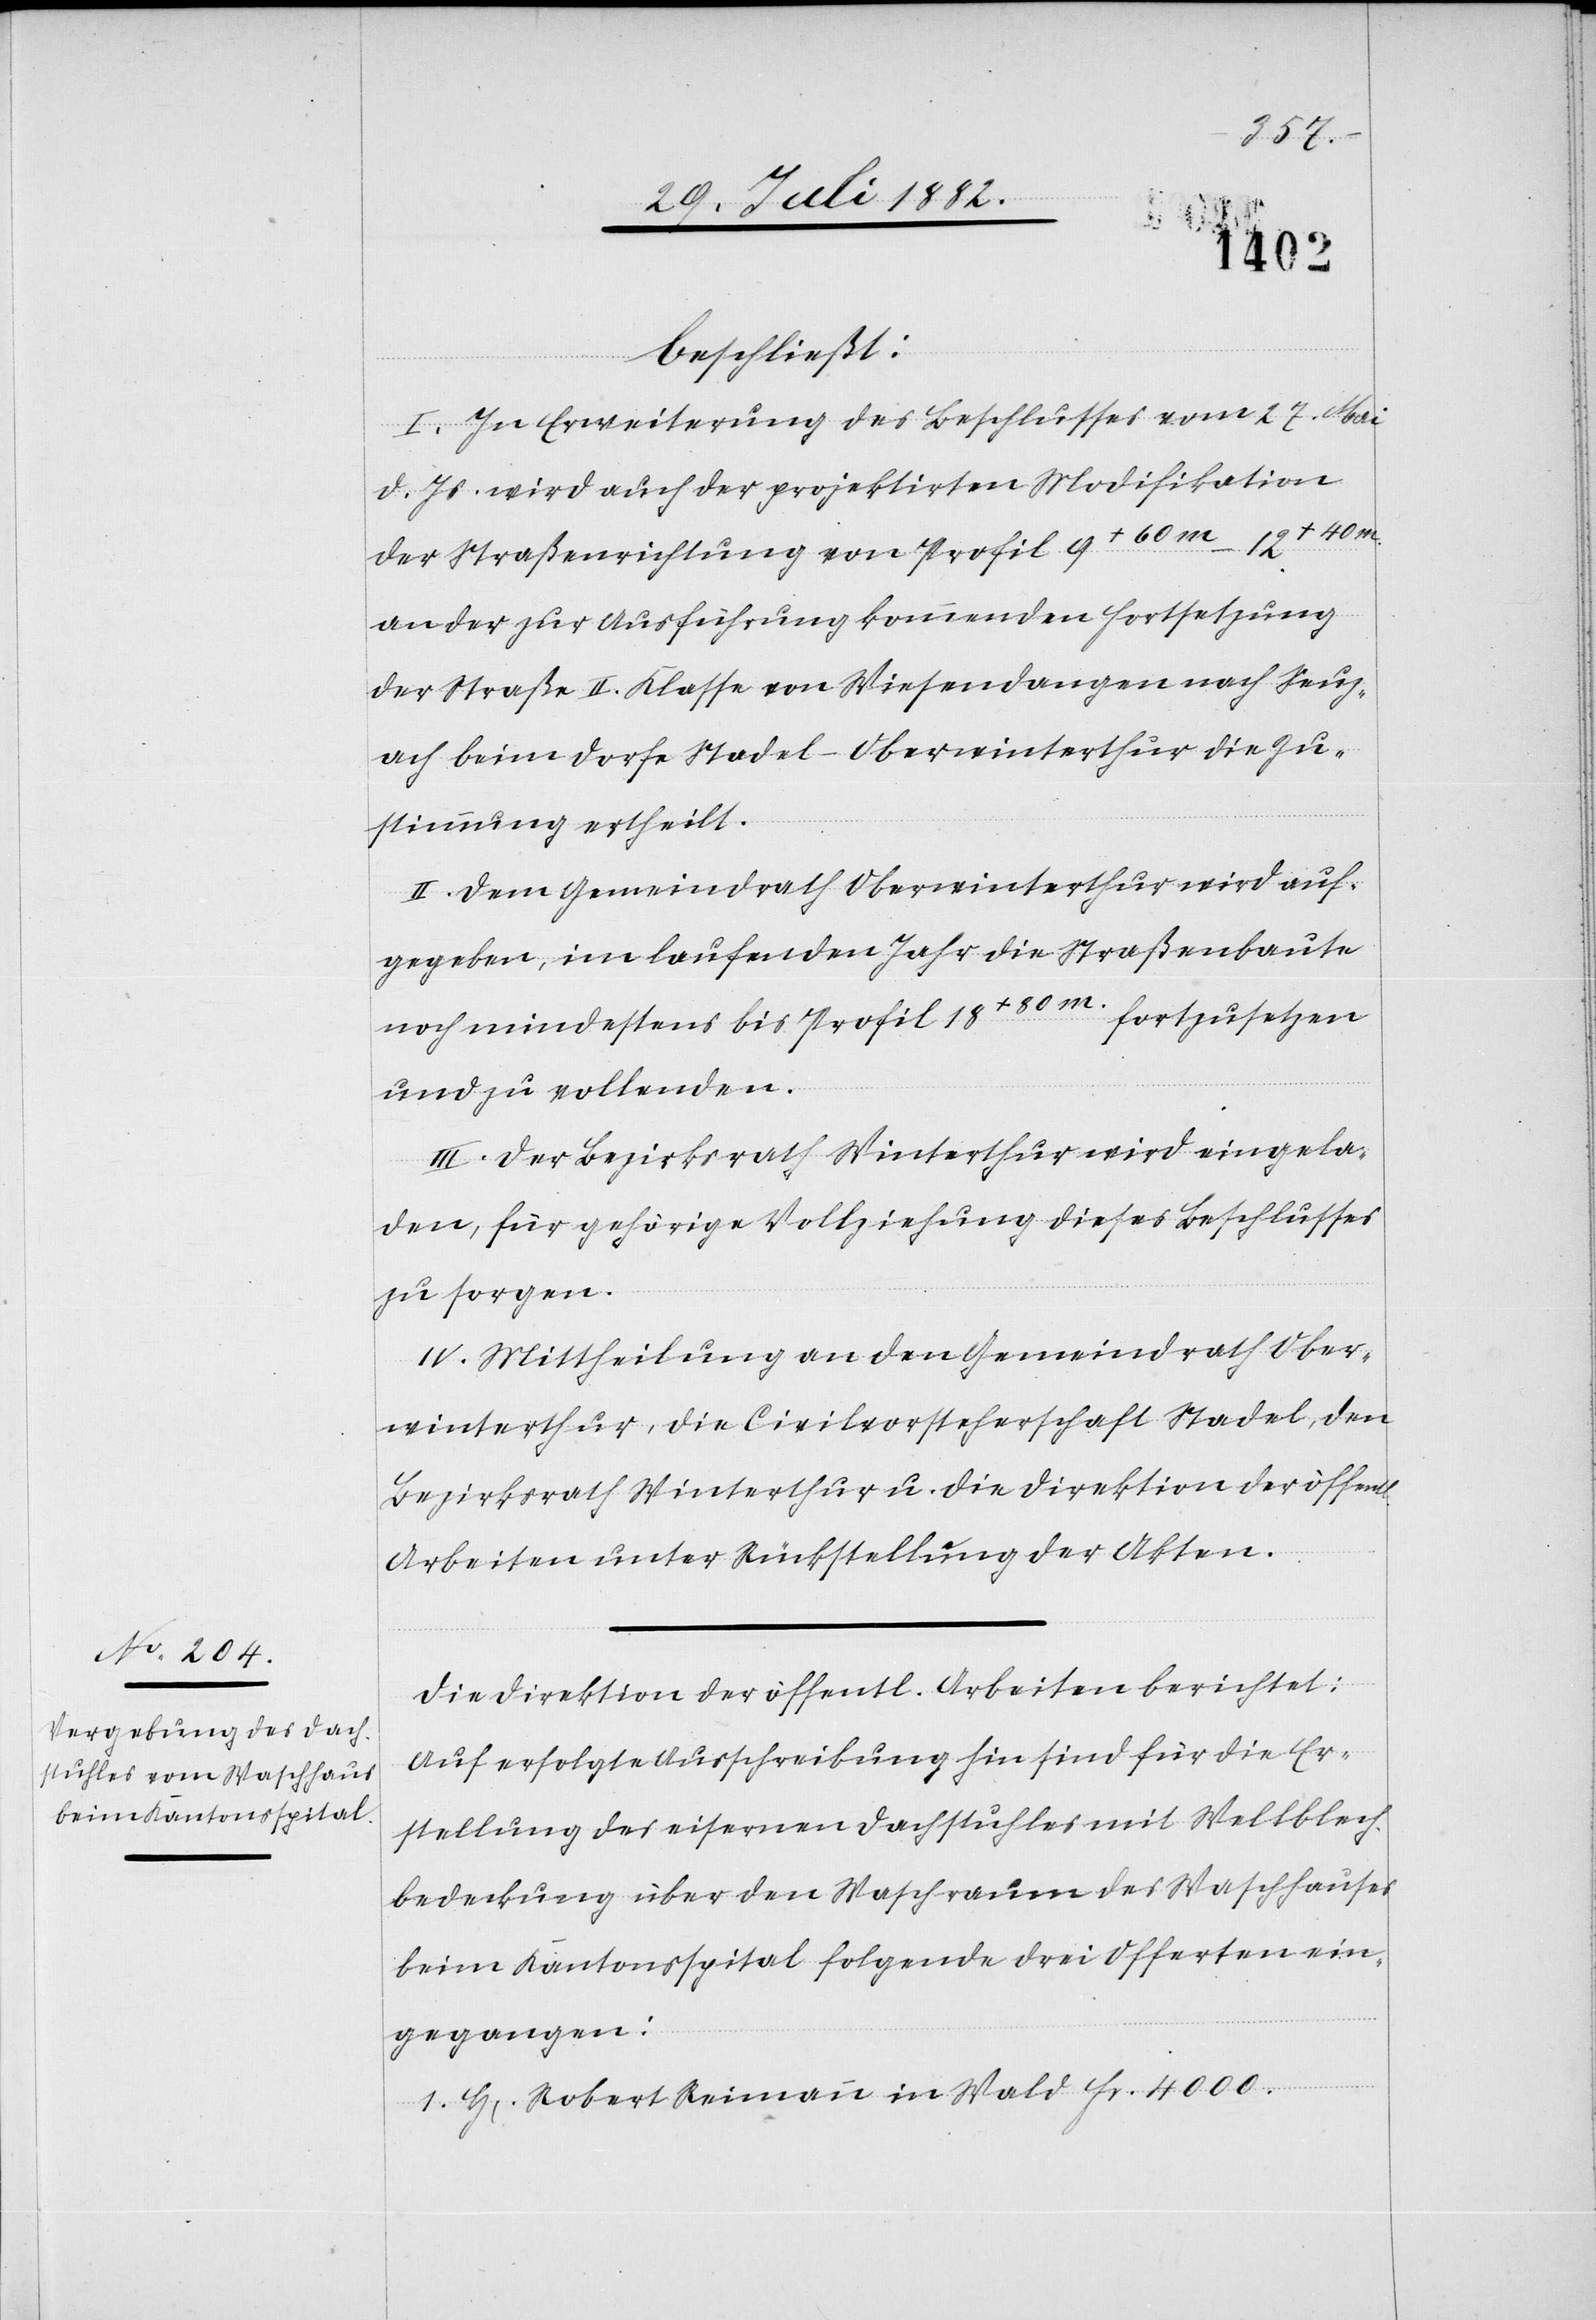
l.
beschließt:
I. In Erweiterung des Beschlusses vom 27. Mai
d. Js. wird auch der projektirten Modifikation
der Straßenrichtung von Profil 9+60m–12+40m
an der zur Ausführung kommenden Fortsetzung
der Straße II. Klasse von Wiesendangen nach Seuz¬
ach beim Dorfe Stadel–Oberwinterthur die Zu¬
stimmung ertheilt.
II. Dem Gemeindrath Oberwinterthur wird auf¬
gegeben, im laufenden Jahr die Straßenbaute
noch mindestens bis Profil 18+80m fortzusetzen
und zu vollenden.
III. Der Bezirksrath Winterthur wird eingela¬
den, für gehörige Vollziehung dieses Beschlusses
zu sorgen.
IV. Mittheilung an den Gemeindrath Ober¬
winterthur, die Civilvorsteherschaft Stadel, den
Bezirksrath Winterthur u. die Direktion der öffent¬
Arbeiten unter Rückstellung der Akten.
Die Direktion der öffentl. Arbeiten berichtet:
Auf erfolgte Ausschreibung hin sind für die Er¬
stellung des eisernen Dachstuhles mit Wellblech¬
bedeckung über den Waschraum des Waschhauses
beim Kantonsspital folgende drei Offerten ein¬
gegangen:
1. H[err] Robert Reimann in Wald Fr. 4000.